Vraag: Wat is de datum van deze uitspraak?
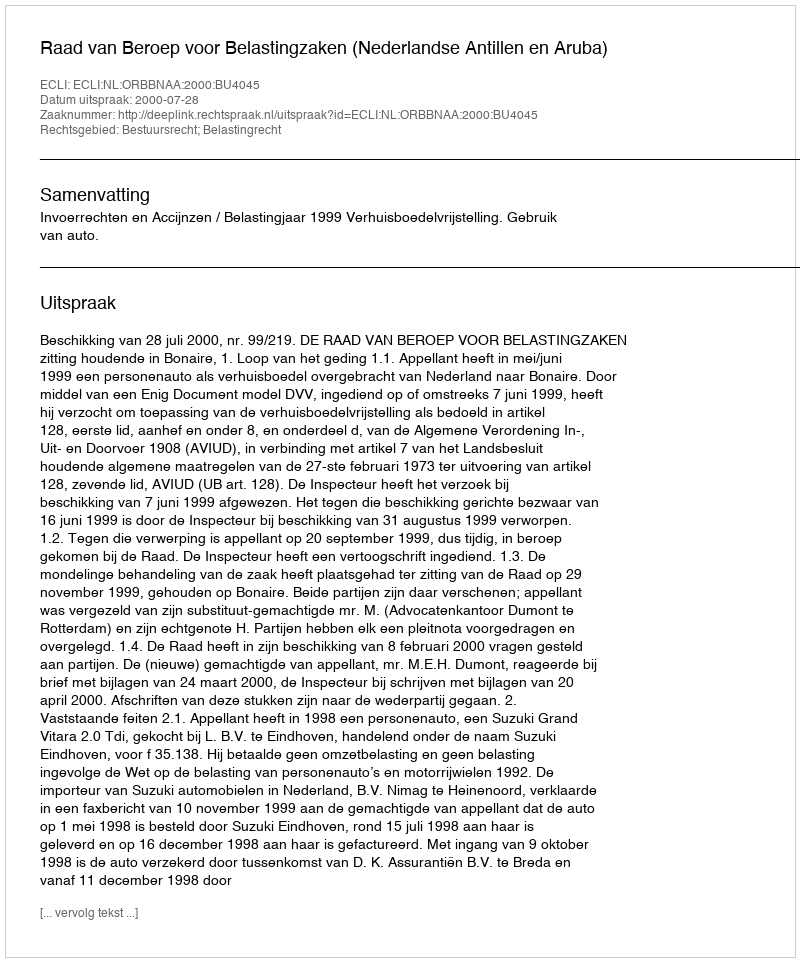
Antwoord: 2000-07-28